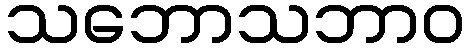
သဘောသဘာဝ